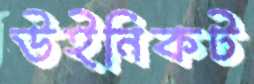
উইনিকট